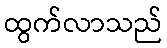
ထွက်လာသည်